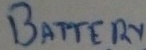
Text: BATTERY